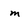
Character: m